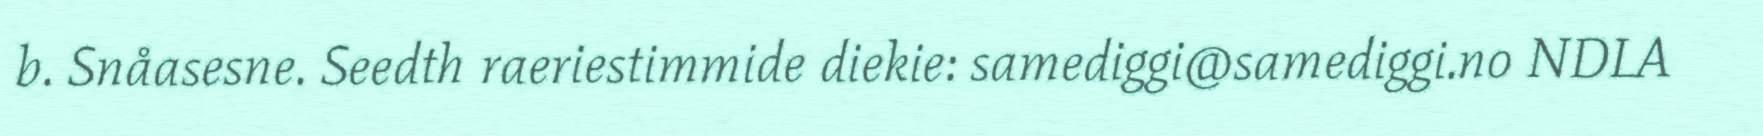
b. Snåasesne. Seedth raeriestimmide diekie: samediggi@samediggi.no NDLA